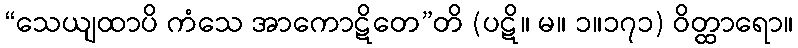
“သေယျထာပိ ကံသေ အာကောဋိတေ”တိ (ပဋိ။ မ။ ၁။၁၇၁) ဝိတ္ထာရော။